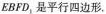
EBFD_{1}，是平行四边形.